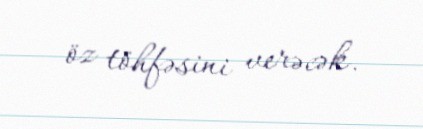
öz töhfəsini verəcək.